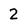
Character: 2